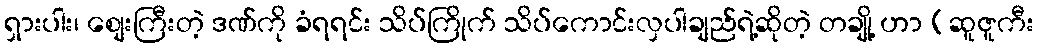
ရှားပါး၊ စျေးကြီးတဲ့ ဒဏ်ကို ခံရရင်း သိပ်ကြိုက် သိပ်ကောင်းလှပါချည်ရဲ့ဆိုတဲ့ တချို့ ဟာ (ဆူဇူကီး